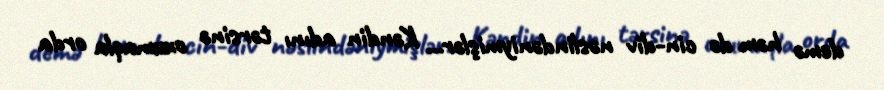
demə həm də cin-div nəslindəniymişlər... Kəndin adını tərsinə oxumaqla orda